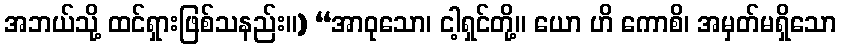
အဘယ်သို့ ထင်ရှားဖြစ်သနည်း။) “အာဝုသော၊ ငါ့ရှင်တို့။ ယော ဟိ ကောစိ၊ အမှတ်မရှိသော